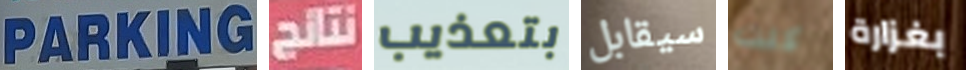
PARKING نتائج بتعذيب سيقابل كنت بغزارة